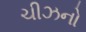
ચીઝનો